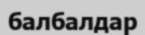
балбалдар